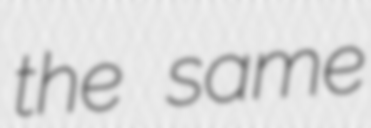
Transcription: the same